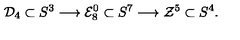
{ \cal D } _ { 4 } \subset S ^ { 3 } \longrightarrow { \cal E } _ { 8 } ^ { 0 } \subset S ^ { 7 } \longrightarrow { \cal Z } ^ { 5 } \subset S ^ { 4 } .